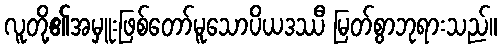
လူတို့၏အမှူးဖြစ်တော်မူသောပိယဒဿီ မြတ်စွာဘုရားသည်။